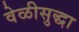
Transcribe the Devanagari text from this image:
वेळीसुद्धा